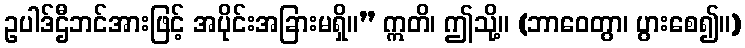
ဥပါဒ်ဌီဘင်အားဖြင့် အပိုင်းအခြားမရှိ။” ဣတိ၊ ဤသို့။ (ဘာဝေတွာ၊ ပွားစေ၍။)